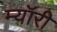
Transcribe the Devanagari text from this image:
म्यॉरी